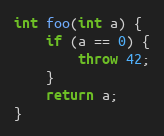
Language: C++
int foo(int a) {
    if (a == 0) {
        throw 42;
    }
    return a;
}